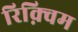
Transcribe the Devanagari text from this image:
रिक़्विम